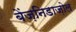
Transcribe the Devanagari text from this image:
बेंज़निडाज़ोल